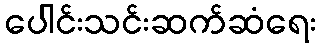
ပေါင်းသင်းဆက်ဆံရေး